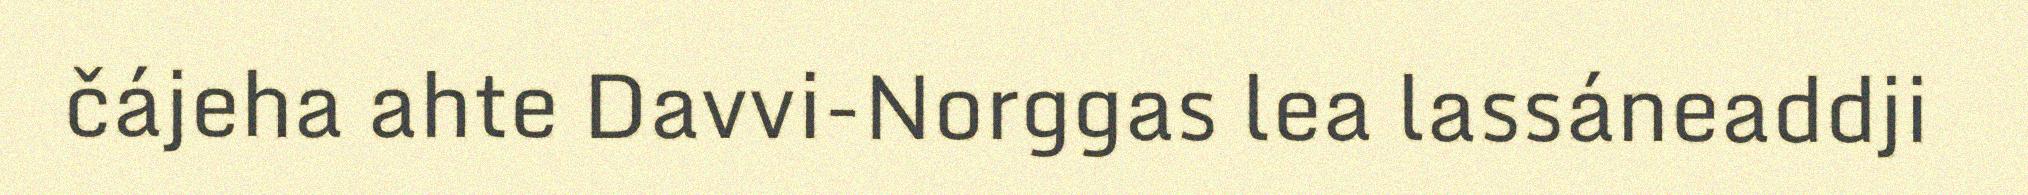
čájeha ahte Davvi-Norggas lea lassáneaddji